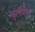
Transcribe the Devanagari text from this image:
फ़ुलवियस